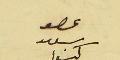
عصو سعىد كنعا